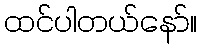
ထင်ပါတယ်နော်။